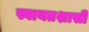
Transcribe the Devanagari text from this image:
स्वायतशासी